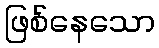
ဖြစ်နေသော